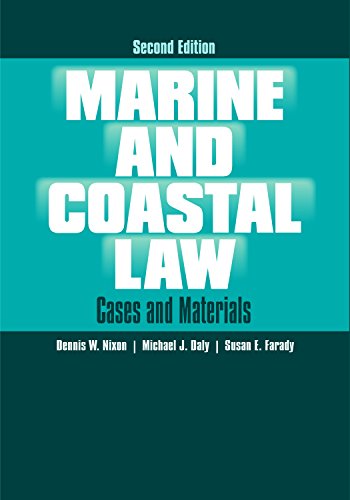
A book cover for Marine and Coastal Law: Cases and Materials; Dennis W. Nixon; Law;